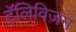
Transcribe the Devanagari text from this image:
टॅलिविज़न